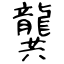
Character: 龔